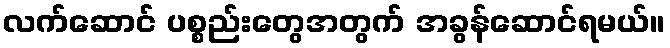
လက်ဆောင် ပစ္စည်းတွေအတွက် အခွန်ဆောင်ရမယ်။